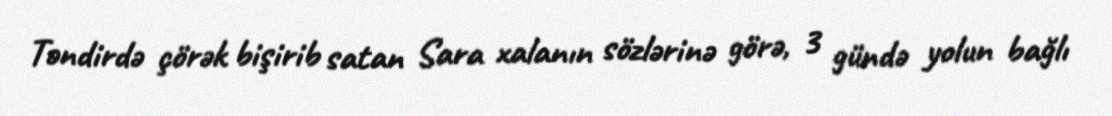
Təndirdə çörək bişirib satan Sara xalanın sözlərinə görə, 3 gündə yolun bağlı